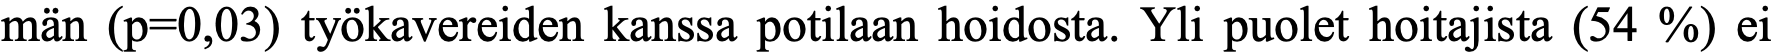
män (p=0,03) työkavereiden kanssa potilaan hoidosta. Yli puolet hoitajista (54 %) ei